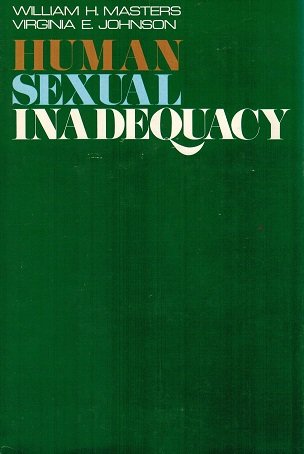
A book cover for Human Sexual Inadequacy; William H. & Johnson; Health, Fitness & Dieting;